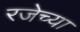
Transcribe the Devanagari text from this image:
रजेच्या